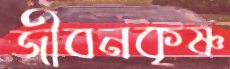
জীবনকৃষ্ণ